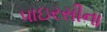
પાઇરસીના